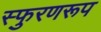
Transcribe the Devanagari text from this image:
स्फुरणरूप